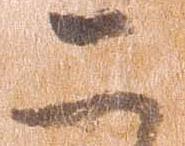
二